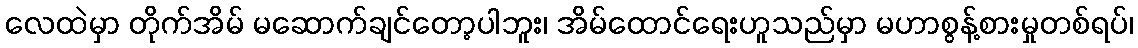
လေထဲမှာ တိုက်အိမ် မဆောက်ချင်တော့ပါဘူး၊ အိမ်ထောင်ရေးဟူသည်မှာ မဟာစွန့်စားမှုတစ်ရပ်၊